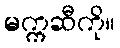
မက္ကဆီကို။